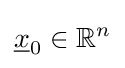
{\underline {x}}_{0}\in \mathbb {R} ^{n}